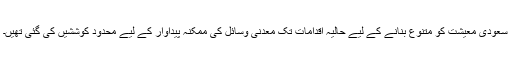
سعودی معیشت کو متنوع بنانے کے لیے حالیہ اقدامات تک معدنی وسائل کی ممکنہ پیداوار کے لیے محدود کوششیں کی گئی تھیں۔